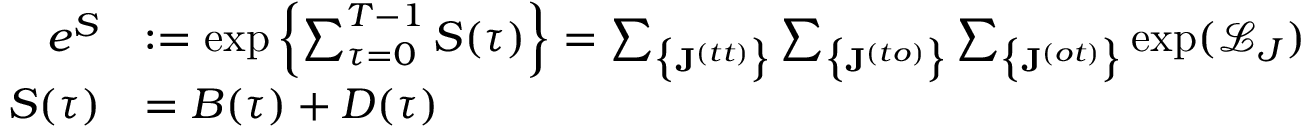
\begin{array} { r l } { e ^ { S } } & { : = \exp \left\{ \sum _ { \tau = 0 } ^ { T - 1 } S ( \tau ) \right\} = \sum _ { \big \{ \mathbf { J } ^ { ( t t ) } \big \} } \sum _ { \big \{ \mathbf { J } ^ { ( t o ) } \big \} } \sum _ { \big \{ \mathbf { J } ^ { ( o t ) } \big \} } \exp ( \mathcal { L } _ { J } ) } \\ { S ( \tau ) } & { = B ( \tau ) + D ( \tau ) } \end{array}